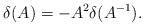
LaTeX: \begin{align*} \delta(A)=-A^2\delta(A^{-1}). \end{align*}